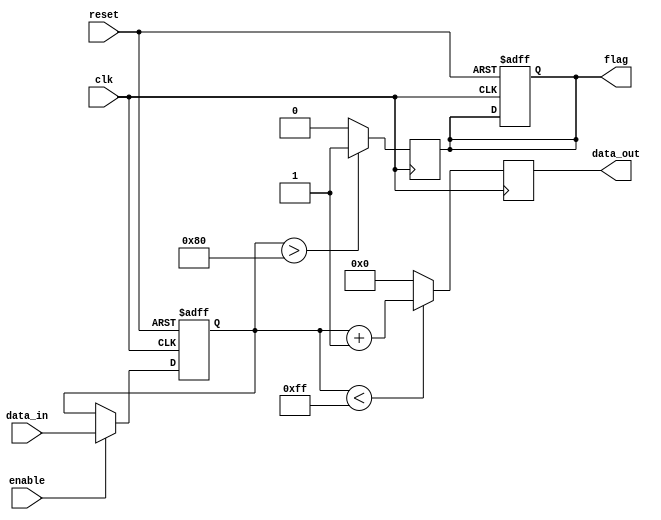
module parameter_focused_model #(
    parameter INITIAL_VALUE = 8'd0,    // Default initial value
    parameter MAX_COUNT = 8'd255,       // Maximum count value
    parameter THRESHOLD = 8'd128         // Threshold value for behavior
)(
    input wire clk,                      // Clock input
    input wire reset,                    // Reset input
    input wire enable,                   // Enable signal
    input wire [7:0] data_in,           // Input data
    output reg [7:0] data_out,          // Output data
    output reg flag                      // Flag output
);

    // Internal register to hold the current state
    reg [7:0] current_value;

    // Initialization Logic
    always @(posedge clk or posedge reset) begin
        if (reset) begin
            // Initialize the current value based on the parameter
            current_value <= INITIAL_VALUE;
            flag <= 1'b0; // Reset flag
        end else if (enable) begin
            // Update current value with input data
            current_value <= data_in;
        end
    end

    // Behavioral Logic
    always @(posedge clk) begin
        if (current_value > THRESHOLD) begin
            // Set flag if current value exceeds threshold
            flag <= 1'b1;
        end else begin
            // Clear flag otherwise
            flag <= 1'b0;
        end

        // Output logic based on current value and max count
        if (current_value < MAX_COUNT) begin
            data_out <= current_value + 1; // Increment output value
        end else begin
            data_out <= 8'd0; // Reset output if max count is reached
        end
    end

endmodule